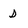
Character: D